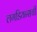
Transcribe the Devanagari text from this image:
लगडियन्सची